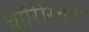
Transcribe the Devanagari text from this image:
चारिरिचक